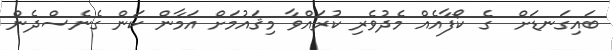
ބައިގަނޑަށް  ގެ ކޯފާއެއް މެދުވެރި ކުރައްވާ މިޤައުމަށް އަމާން ކަން ގެނެސްދެން